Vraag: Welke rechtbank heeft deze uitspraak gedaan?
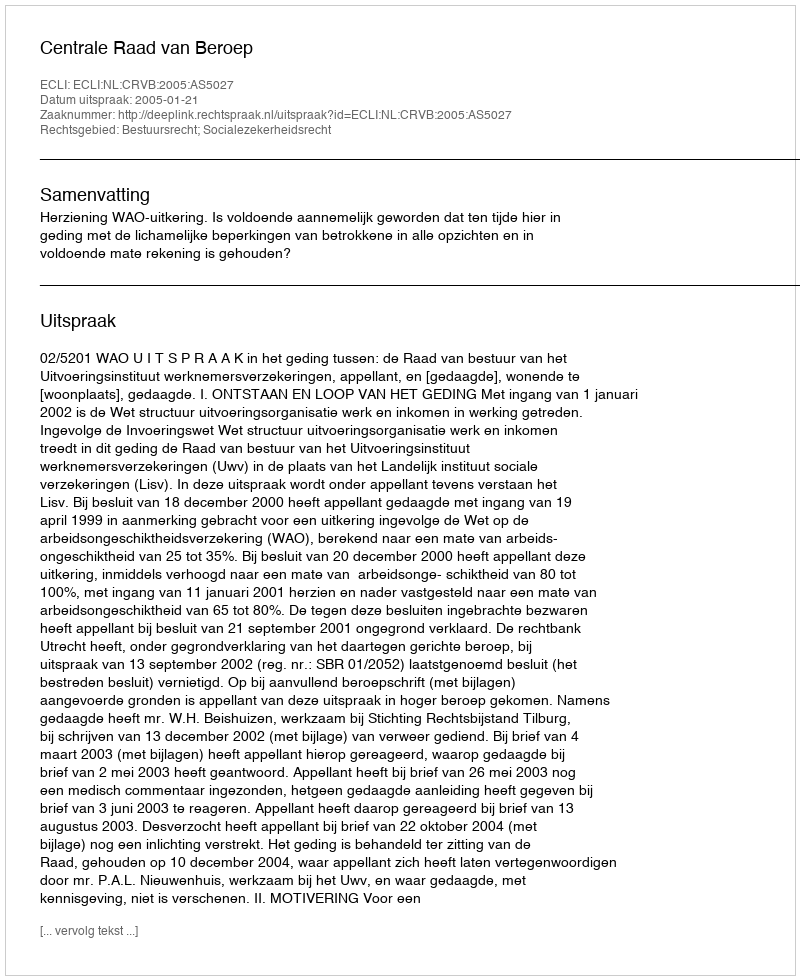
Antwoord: Centrale Raad van Beroep